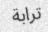
ترابة